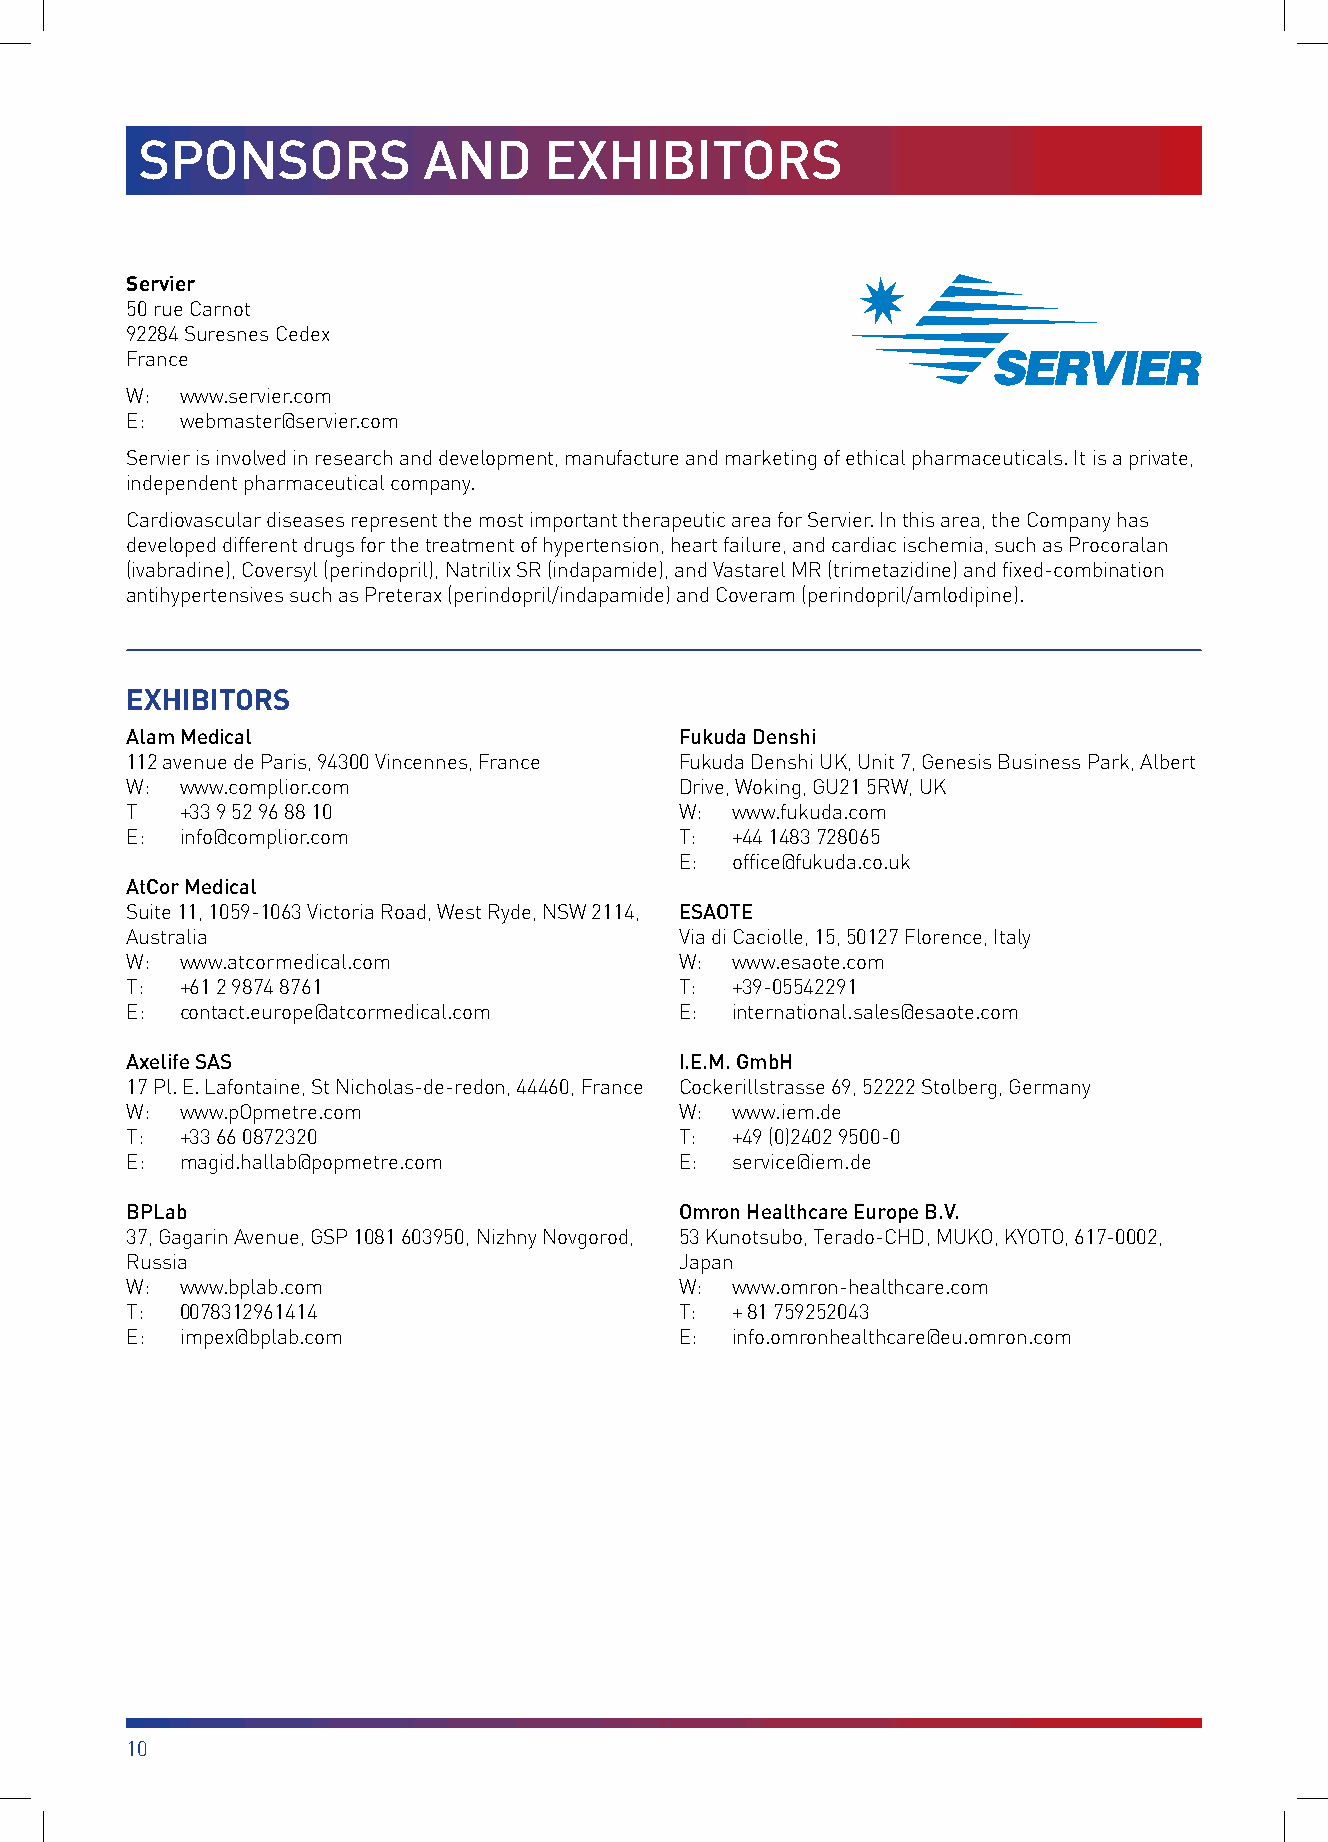
SPONSORS           AND     EXHIBITORS
 Servier
 50 rue Carnot
 92284 Suresnes Cedex
 France
 W:  www.servier.com
 E:  webmaster@servier.com
 Servier is involved in research and development, manufacture and marketing of ethical pharmaceuticals. It is a private,
 independent pharmaceutical company.
 Cardiovascular diseases represent the most important therapeutic area for Servier. In this area, the Company has
 developed different drugs for the treatment of hypertension, heart failure, and cardiac ischemia, such as Procoralan
 (ivabradine), Coversyl (perindopril), Natrilix SR (indapamide), and Vastarel MR (trimetazidine) and fixed-combination
 antihypertensives such as Preterax (perindopril/indapamide) and Coveram (perindopril/amlodipine).
 EXHIBITORS
 Alam Medical                         Fukuda Denshi
 112 avenue de Paris, 94300 Vincennes, France Fukuda Denshi UK, Unit 7, Genesis Business Park, Albert
 W:  www.complior.com                 Drive, Woking, GU21 5RW, UK
 T   +33 9 52 96 88 10                W: www.fukuda.com
 E:  info@complior.com                T: +44 1483 728065
 E: office@fukuda.co.uk
 AtCor Medical
 Suite 11, 1059-1063 Victoria Road, West Ryde, NSW 2114, ESAOTE
 Australia                            Via di Caciolle, 15, 50127 Florence, Italy
 W:  www.atcormedical.com             W: www.esaote.com
 T:  +61 2 9874 8761                  T: +39-05542291
 E:  contact.europe@atcormedical.com  E: international.sales@esaote.com
 Axelife SAS                          I.E.M. GmbH
 17 Pl. E. Lafontaine, St Nicholas-de-redon, 44460, France Cockerillstrasse 69, 52222 Stolberg, Germany
 W:  www.pOpmetre.com                 W: www.iem.de
 T:  +33 66 0872320                   T: +49 (0)2402 9500-0
 E:  magid.hallab@popmetre.com        E: service@iem.de
 BPLab                                Omron Healthcare Europe B.V.
 37, Gagarin Avenue, GSP 1081 603950, Nizhny Novgorod, 53 Kunotsubo, Terado-CHD, MUKO, KYOTO, 617-0002,
 Russia                               Japan
 W:  www.bplab.com                    W: www.omron-healthcare.com
 T:  0078312961414                    T: + 81 759252043
 E:  impex@bplab.com                  E: info.omronhealthcare@eu.omron.com
 10